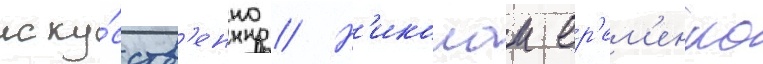
иску́сств'енно // Н'иколаи ер'ем'енко